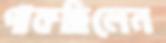
পাকছিলেন